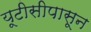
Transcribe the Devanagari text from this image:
यूटीसीपासून